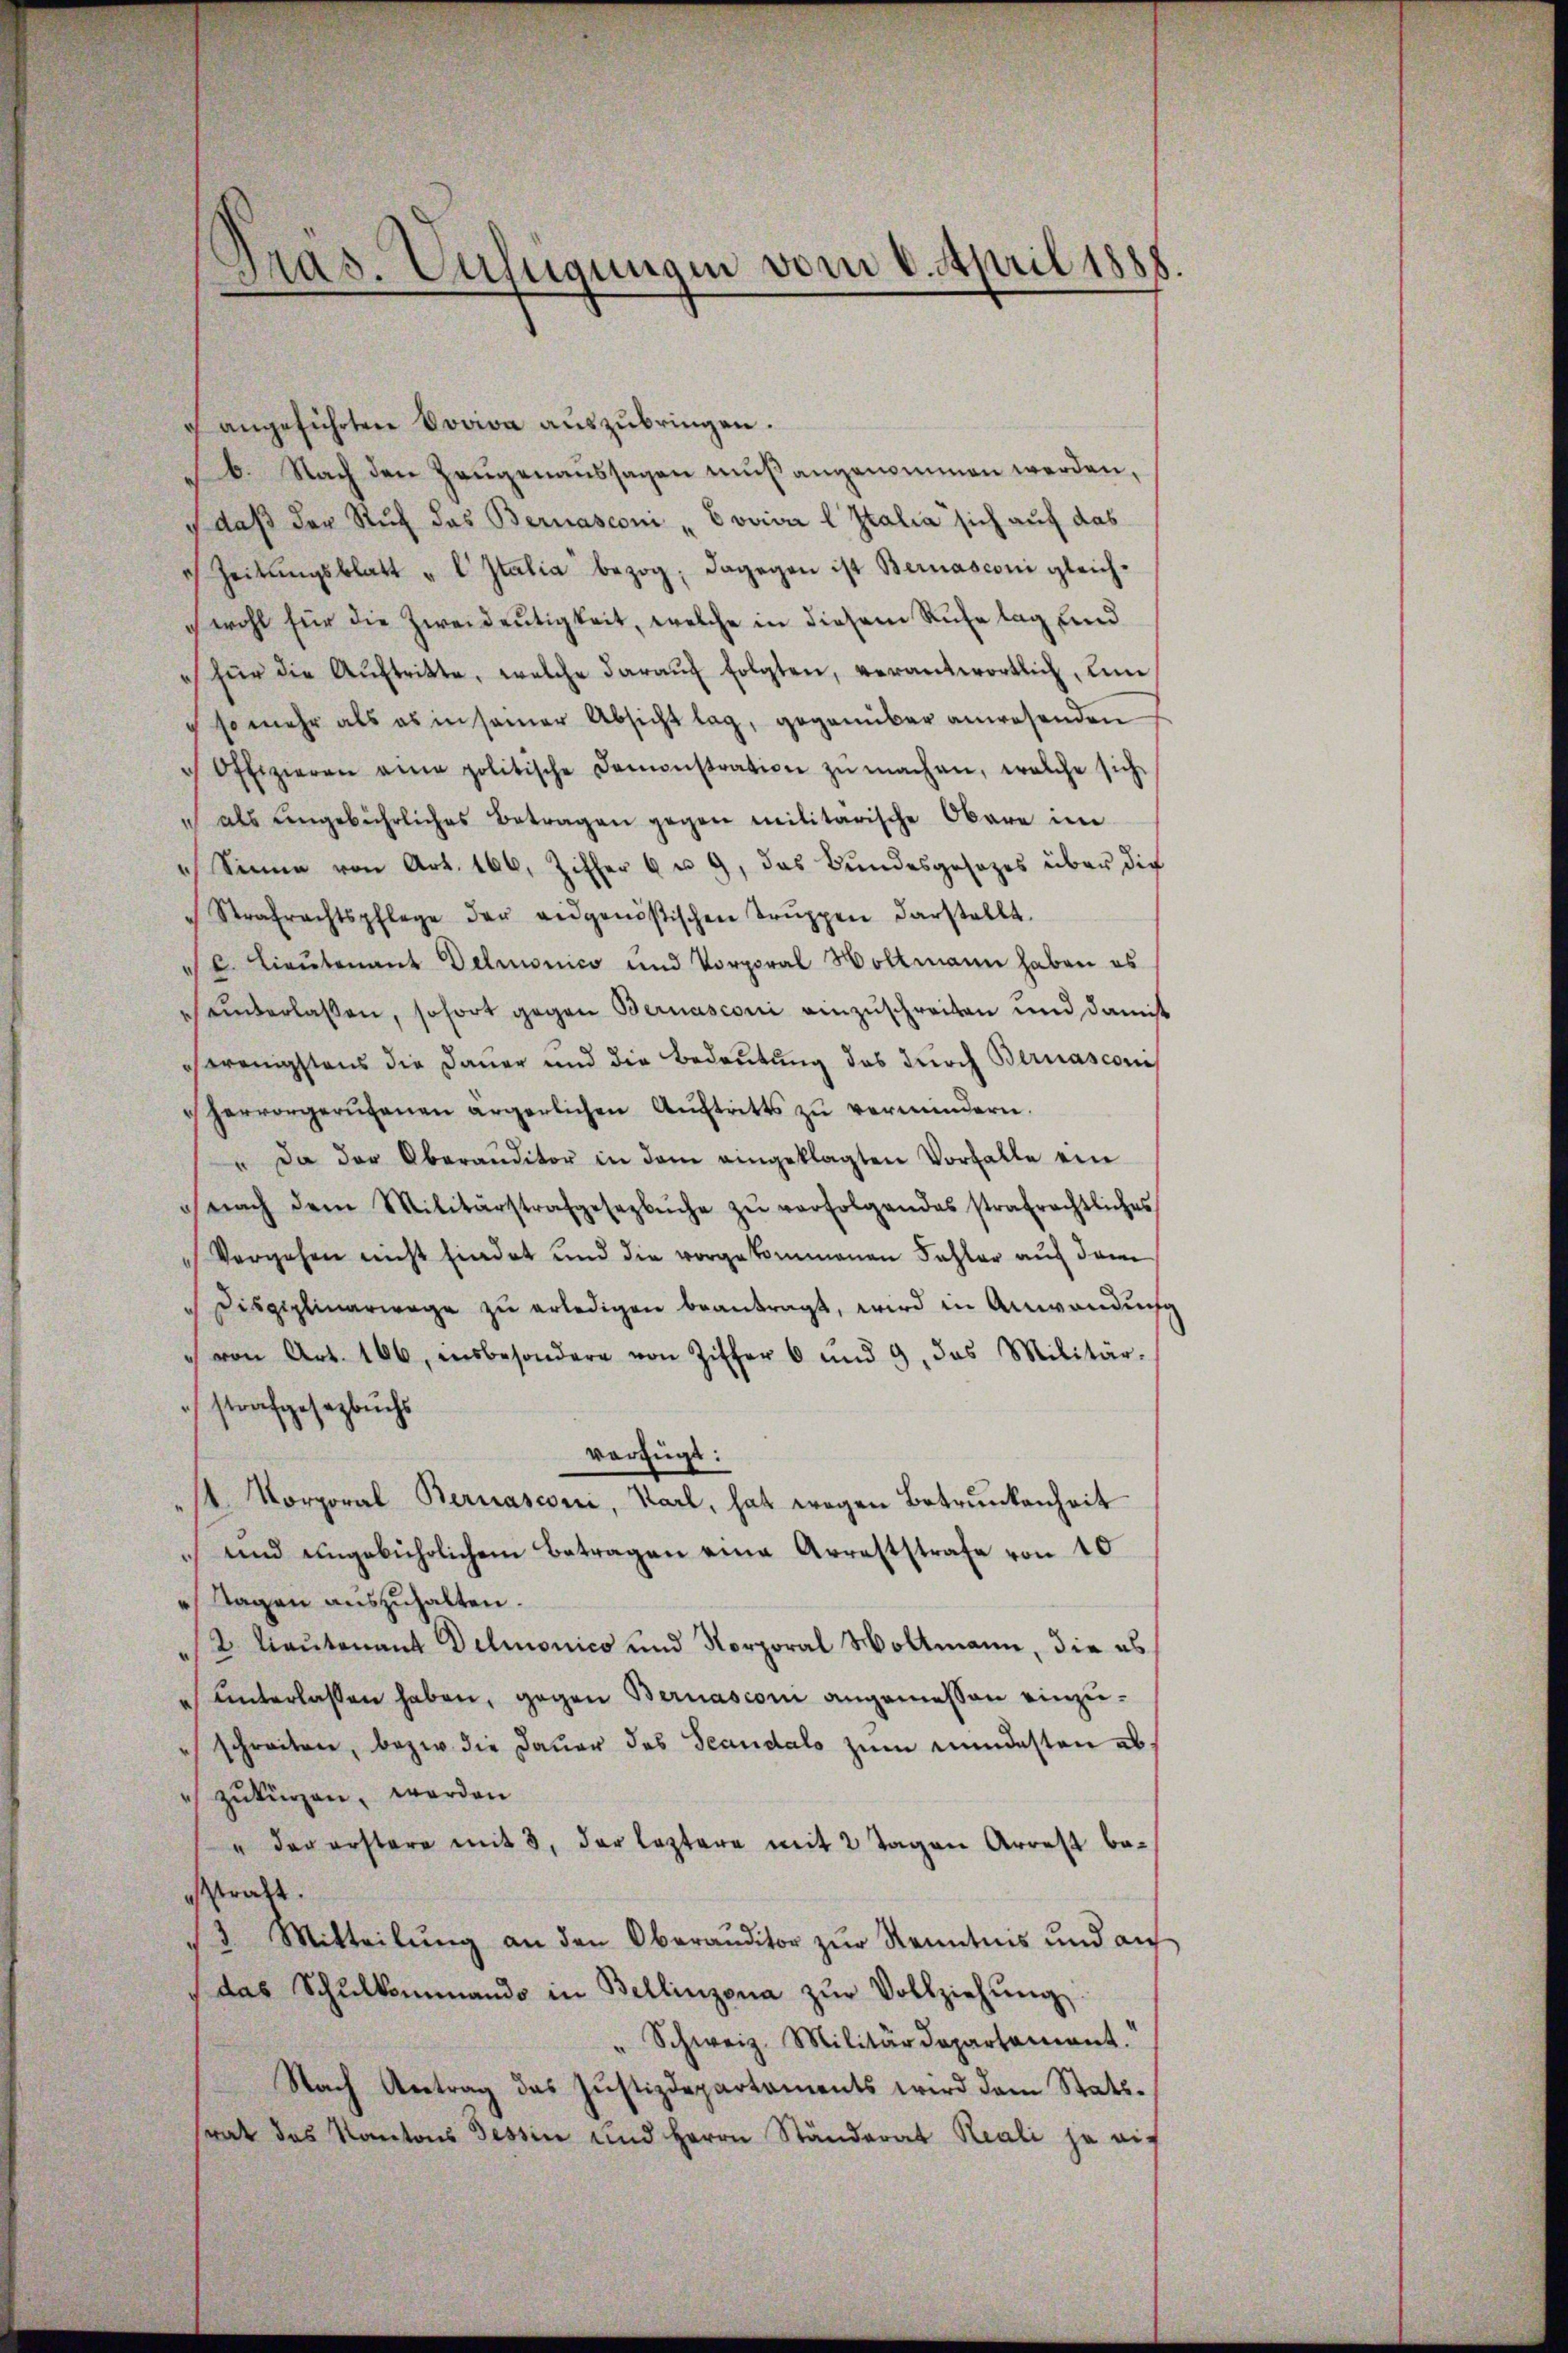
Gras. Verfügungen vom 6. April 1888.

angeführten Boviva auszubringen.
b. Nach den Zeugenaussagen muß angenommen werden,
daß der Ruch das Bernasconi „Evviva l Italia sich auf das
 Zeitungsblatt u l Italia bezog; dagegen ist Bernasconi gleichwohl für die Zweideutigkeit, welche in diesem Ruhe lag und
für die Aŭftritte, welche daraŭf folgten, verantwortlich, um
so mehr als es in samer Absicht lag, gegenüber anwesenden
Offizieren eine politische Demonstration zŭ machen, welche sich
als engebührliches Betragen gegen militarische Obere im
" Sinne von Art. 166, Ziffer 6 u. 9, das Bundesgesetzes über die
Strafrechtspflege der eidgenößischen Trŭppen darstellt.
" u. Lieutenant Delnonico und Vorporal Hollmann haben es
uunterlassen, sofort gegen Bernasconi einzuschreiben und damit
ch wenigstens die Dauer und die Bedeutung des durch Bernasconi
hervorgerufenen ärgerlichen Aŭftritts zŭ vermindern.
" Da der Oberanditor in dem eingeklagten Vorfalle ein
nach dem Militärstrafgesezbŭche zŭ verfolgendes strafrechtliches
Vergehen nicht findet und die vorgekommenen Fehler auf dem
Disziplinarwage zŭ erledigen beantragt, wird in Anwendung
 von Art. 166, insbesondere von Ziffer 6 und 9, das Militär-
strafgesetzbuchs
verfügt:
 Korporal Bernasconi, Karl, hat wegen Betrunkenheit
und ungebührlichem Betragen eine Arreststrafe von 10
Tagen auszuhalten.
2 lautenant Delmonico und Korporal Woltmann, die es
" unterlassen haben, gegen Bernasconi angemessen einzuschreiten, bezw. die Dauer des Standals zum mindesten abzukürzen, werden
" der erstere mit 3, der leztere mit 2 Tagen Arrest beesstraft.
3 Mitteilŭng an den Oberauditor zŭr Kenntnis und aŭ
das Schŭlkommando in Bellinzona zŭr Vollziehŭng
Schweiz. Militärdepartament.
Nach Antrag das Justizdepartaments wird dem Stattsrat das Kantons Tessin und Herrn Ständerat Reali ja auf